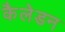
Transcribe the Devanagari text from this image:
कैलेडन